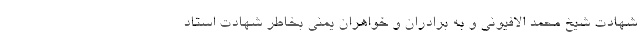
شهادت شیخ محمد الافیونی و به برادران و خواهران یمنی بخاطر شهادت استاد